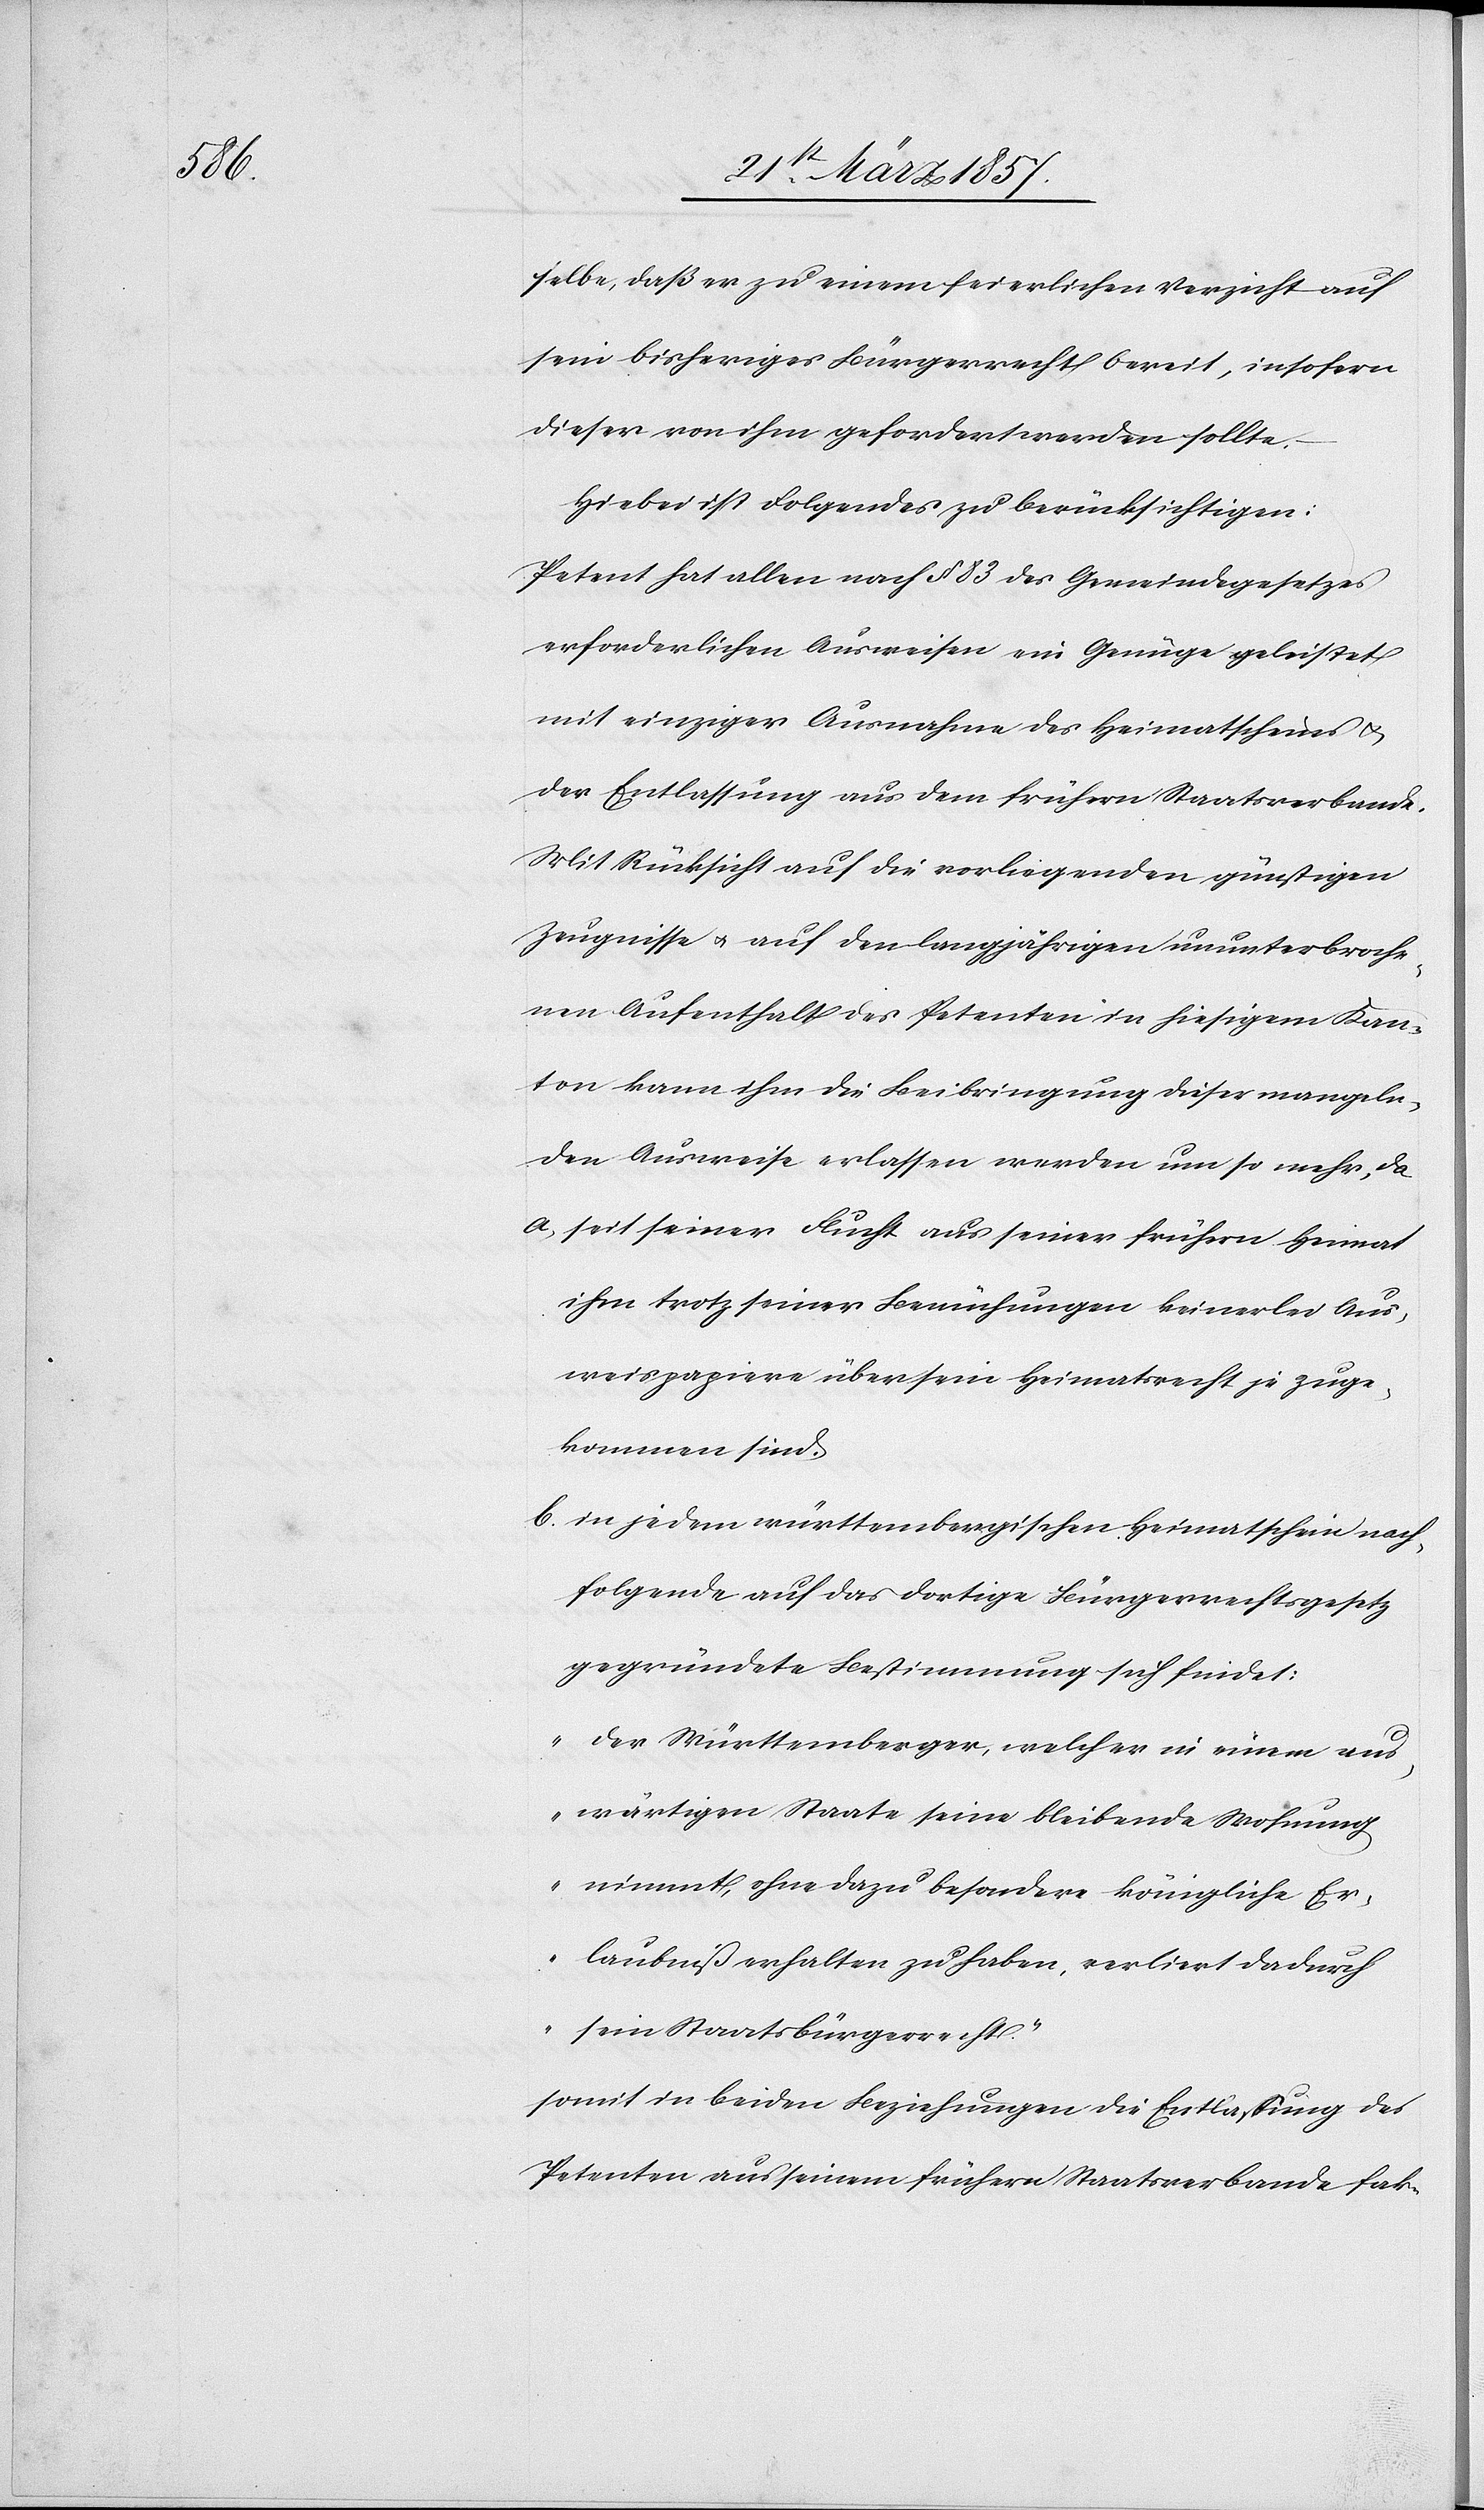
selbe, daß er zu einem feierlichen Verzicht auf
sein bisheriges Bürgerrecht bereit, insofern
dieser von ihm gefordert werden sollte.
Hiebei ist Folgendes zu berücksichtigen
Petent hat allen nach § 83 des Gemeindegesetzes
erforderlichen Ausweisen ein Genüge geleistet
mit einziger Ausnahme des Heimatscheines u.
der Entlassung aus dem frühern Staatsverbande.
Mit Rücksicht auf die vorliegenden günstigen
Zeugnisse u. auf den langjährigen ununterbroche¬
nen Aufenthalt des Petenten in hiesigem Kan¬
ton kann ihm die Beibringung dieser mangeln¬
den Ausweise erlassen werden um so mehr, da
a. seit seiner Flucht aus seiner frühern Heimat
ihm trotz seiner Bemühungen keinerlei Aus¬
weispapiere über sein Heimatsrecht je zuge¬
kommen sind.
b. in jedem württembergischen Heimatschein nach¬
folgende auf das dortige Bürgerrechtsgesetz
gegründete Bestimmung sich findet:
„Der Württemberger, welcher in einem aus¬
wärtigen Staate seine bleibende Wohnung
nimmt, ohne dazu besondere königliche Er¬
laubniß erhalten zu haben verliert dadurch
sein Staatbürgerrecht.“
somit in beiden Beziehungen die Entlassung des
Petenten aus seinem frühern Staatsverbande fak-